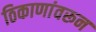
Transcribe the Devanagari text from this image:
ठिकाणांवरून